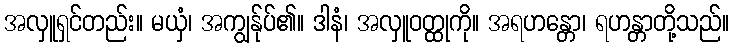
အလှူရှင်တည်း။ မယှံ၊ အကျွန်ုပ်၏။ ဒါနံ၊ အလှူဝတ္ထုကို။ အရဟန္တော၊ ရဟန္တာတို့သည်။